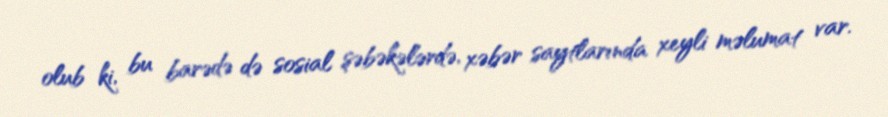
olub ki, bu barədə də sosial şəbəkələrdə, xəbər saytlarında xeyli məlumat var.